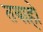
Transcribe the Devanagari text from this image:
तबाहो